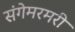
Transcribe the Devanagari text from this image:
संगेमरमरी